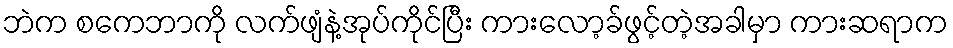
ဘဲက စကေဘာကို လက်ဖျံနဲ့အုပ်ကိုင်ပြီး ကားလော့ခ်ဖွင့်တဲ့အခါမှာ ကားဆရာက